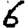
Digit: 6